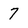
Character: 7